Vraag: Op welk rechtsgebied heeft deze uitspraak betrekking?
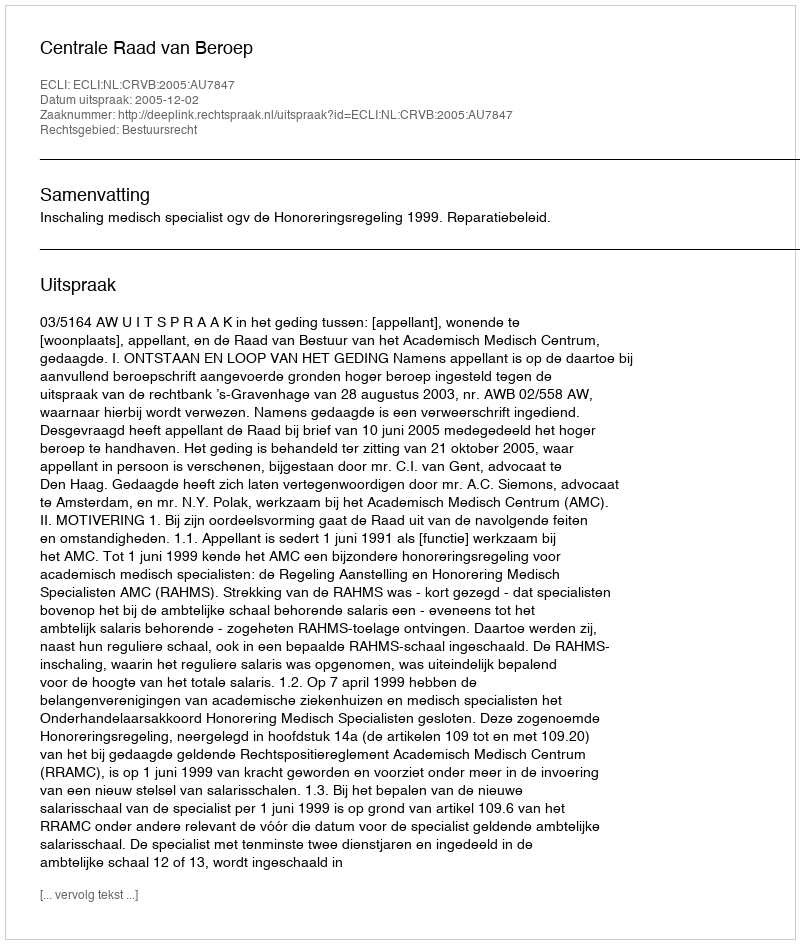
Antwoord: Bestuursrecht